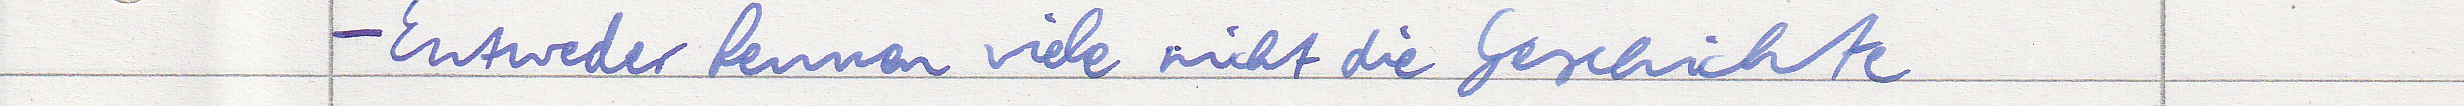
- Entweder kennen viele nicht die Geschichte